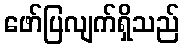
ဖော်ပြလျက်ရှိသည်